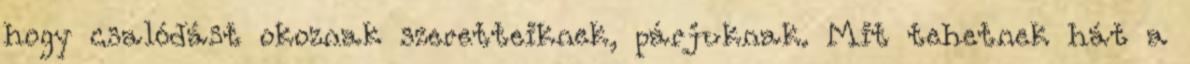
hogy csalódást okoznak szeretteiknek, párjuknak. Mit tehetnek hát a